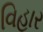
વિહાર